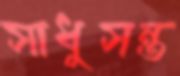
সাধুসন্ত